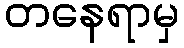
တနေရာမှ